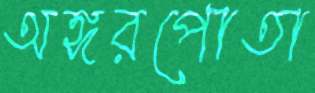
অঙ্গরপোতা